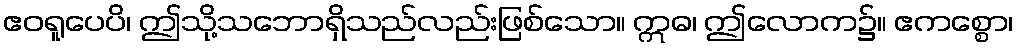
ဧဝရူပေပိ၊ ဤသို့သဘောရှိသည်လည်းဖြစ်သော။ ဣဓ၊ ဤလောက၌။ ဧကစ္စော၊